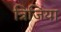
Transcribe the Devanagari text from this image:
त्रिजिया